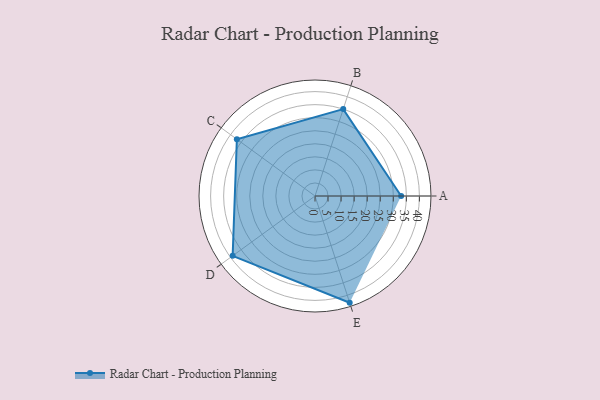
{"axis": {"x": "Skill", "y": "Score"}, "legend": ["Profile"], "data": [{"x": "A", "y": 33.0, "type": "Profile"}, {"x": "B", "y": 35.0, "type": "Profile"}, {"x": "C", "y": 37.0, "type": "Profile"}, {"x": "D", "y": 39.0, "type": "Profile"}, {"x": "E", "y": 43.0, "type": "Profile"}]}